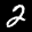
Label: 2